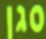
סגן